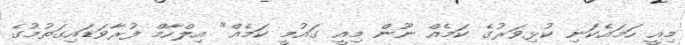
މިއީ ހަމައެކަނި ކުޅިވަރުގެ ކަމެއް ނޫން މިއީ ގައުމީ ކަމެއް" އިލްހާމް ފުރާވަޑައިގަތުމުގެ